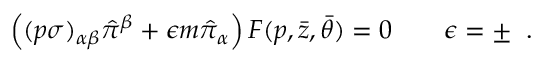
\left( ( p \sigma ) _ { \alpha \beta } \hat { \pi } ^ { \beta } + \epsilon m \hat { \pi } _ { \alpha } \right) F ( p , \bar { z } , \bar { \theta } ) = 0 \qquad \epsilon = \pm \; \; .